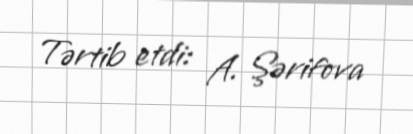
Tərtib etdi: A. Şərifova